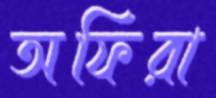
অফিরা